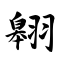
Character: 翱